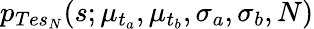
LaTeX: p_{Tes_{N}}(s;\mu_{t_{a}},\mu_{t_{b}},\sigma_{a},\sigma_{b},N)